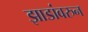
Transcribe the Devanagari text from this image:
झाडांवरुन